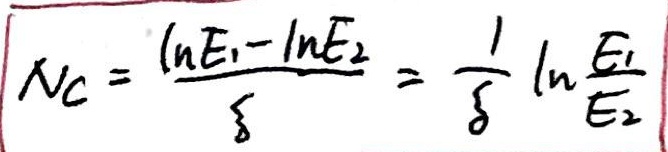
$N_C=\frac{\ln E_1-\ln E_2}{\delta}=\frac{1}{\delta}\ln\frac{E_1}{E_2}$